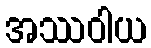
အဿဝါယ